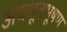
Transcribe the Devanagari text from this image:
अवधूतभूषण